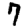
Digit: 7